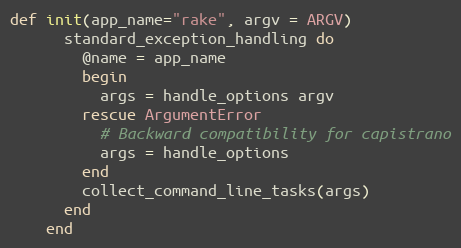
Language: Ruby
def init(app_name="rake", argv = ARGV)
      standard_exception_handling do
        @name = app_name
        begin
          args = handle_options argv
        rescue ArgumentError
          # Backward compatibility for capistrano
          args = handle_options
        end
        collect_command_line_tasks(args)
      end
    end